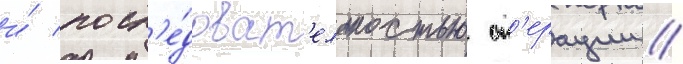
и́ посл'е́доват'ельностью оп'ерации //